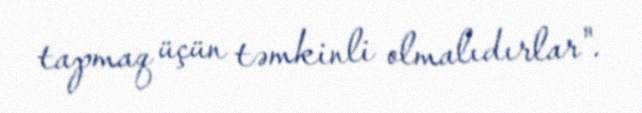
tapmaq üçün təmkinli olmalıdırlar".